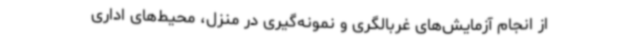
از انجام آزمایش‌های غربالگری و نمونه‌گیری در منزل، محیط‌های اداری